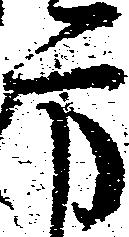
方